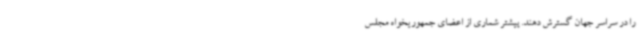
را در سراسر جهان گسترش دهند. پیشتر شماری از اعضای جمهوریخواه مجلس